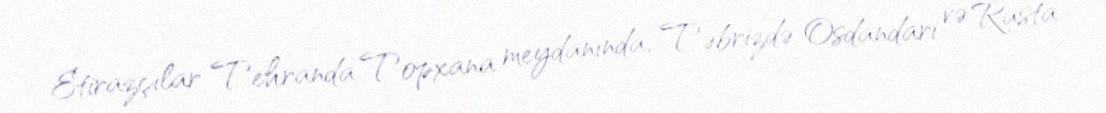
Etirazçılar Tehranda Topxana meydanında, Təbrizdə Osdandari və Rasta